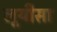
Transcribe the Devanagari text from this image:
लूयीसा